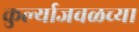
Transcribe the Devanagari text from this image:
कुर्ल्याजवळच्या